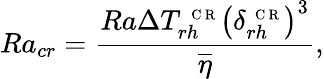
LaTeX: Ra_{cr}=\frac{Ra\Delta T_{rh}^{\mathrm{~\scriptsize~C~R~}}\left(\delta_{rh}^{\mathrm{~\scriptsize~C~R~}}\right)^{3}}{\overline{{\eta}}},